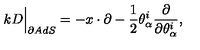
k D \Big \vert _ { \partial A d S } = - x \cdot \partial - \frac { 1 } { 2 } \theta _ { \alpha } ^ { i } \frac { \partial } { \partial \theta _ { \alpha } ^ { i } } ,